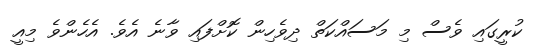
ކުރީގައި ވެސް މި މަސައްކަތް ދިވެހިން ކޮށްފައި ވާނެ އެވެ. އެހެންވެ މިއީ